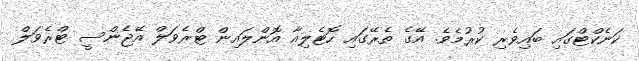
ކަނެކްޓްގައި ބައިވެރި ކުރުމެވެ. އޭގެ ތެރޭގައި ހޮޓެލިއާ އޮންލައިން ޓްރެވަލް އޭޖެންސީ ޓްރެވަލް